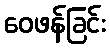
ဝေဖန်ခြင်း